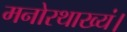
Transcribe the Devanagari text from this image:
मनोरथाख्यं।